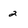
Character: 2